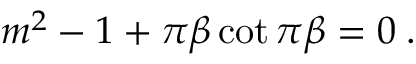
m ^ { 2 } - 1 + \pi \beta \cot \pi \beta = 0 \; .